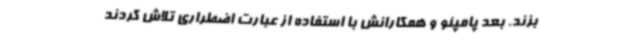
بزند. بعد پامپئو و همکارانش با استفاده از عبارت اضطراری تلاش کردند